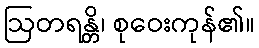
ဩတရန္တိ၊ စုဝေးကုန်၏။